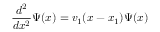
{ \frac { d ^ { 2 } } { d x ^ { 2 } } } \Psi ( x ) = v _ { 1 } ( x - x _ { 1 } ) \Psi ( x )